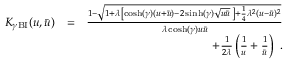
\begin{array} { r l r } { K _ { \gamma \mathrm { B I } } ( u , \bar { u } ) } & { = } & { \frac { 1 - \sqrt { 1 + \lambda \left[ \cosh ( \gamma ) ( u + \bar { u } ) - 2 \sinh ( \gamma ) \sqrt { u \bar { u } } \, \right] + \frac { 1 } { 4 } \lambda ^ { 2 } ( u - \bar { u } ) ^ { 2 } } } { \lambda \cosh ( \gamma ) u \bar { u } } } \\ & { } & { + \frac { 1 } { 2 \lambda } \left( \frac { 1 } { u } + \frac { 1 } { \bar { u } } \right) ~ . } \end{array}